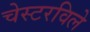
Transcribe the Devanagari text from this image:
चेस्टरविले